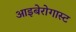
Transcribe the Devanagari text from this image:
आइबेरोगास्ट